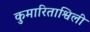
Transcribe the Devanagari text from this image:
कुमारिताश्विली